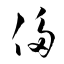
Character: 侈